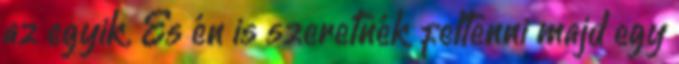
az egyik. És én is szeretnék feltenni majd egy